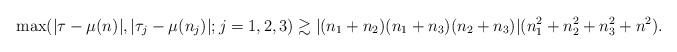
LaTeX: \begin{align*}\max(|\tau-\mu(n)|,|\tau_j-\mu(n_j)|;j=1,2,3) \gtrsim |(n_1+n_2)(n_1+n_3)(n_2+n_3)|(n_1^2+n_2^2+n_3^2+n^2).\end{align*}